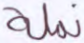
نملة